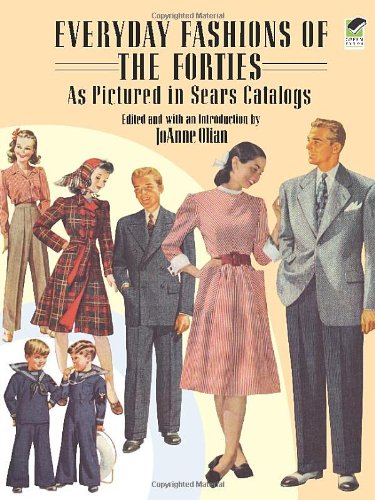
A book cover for Everyday Fashions of the Forties As Pictured in Sears Catalogs (Dover Fashion and Costumes); Crafts, Hobbies & Home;